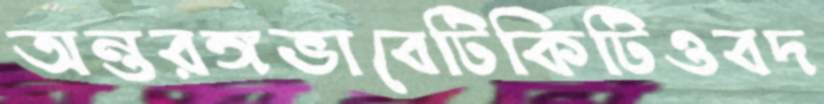
অন্তরঙ্গভাবেটিকিটিওবদ